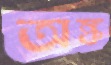
অঙ্ক